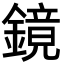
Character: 鏡